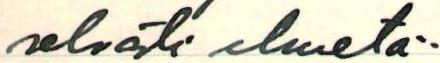
selvästi ilmetä.